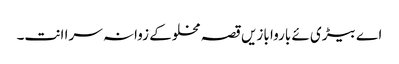
اے بیڑی ئے باروا بازیں قصہ مخلوکے زوانہ سرا انت۔